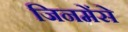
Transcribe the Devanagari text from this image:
जिनमेंसे